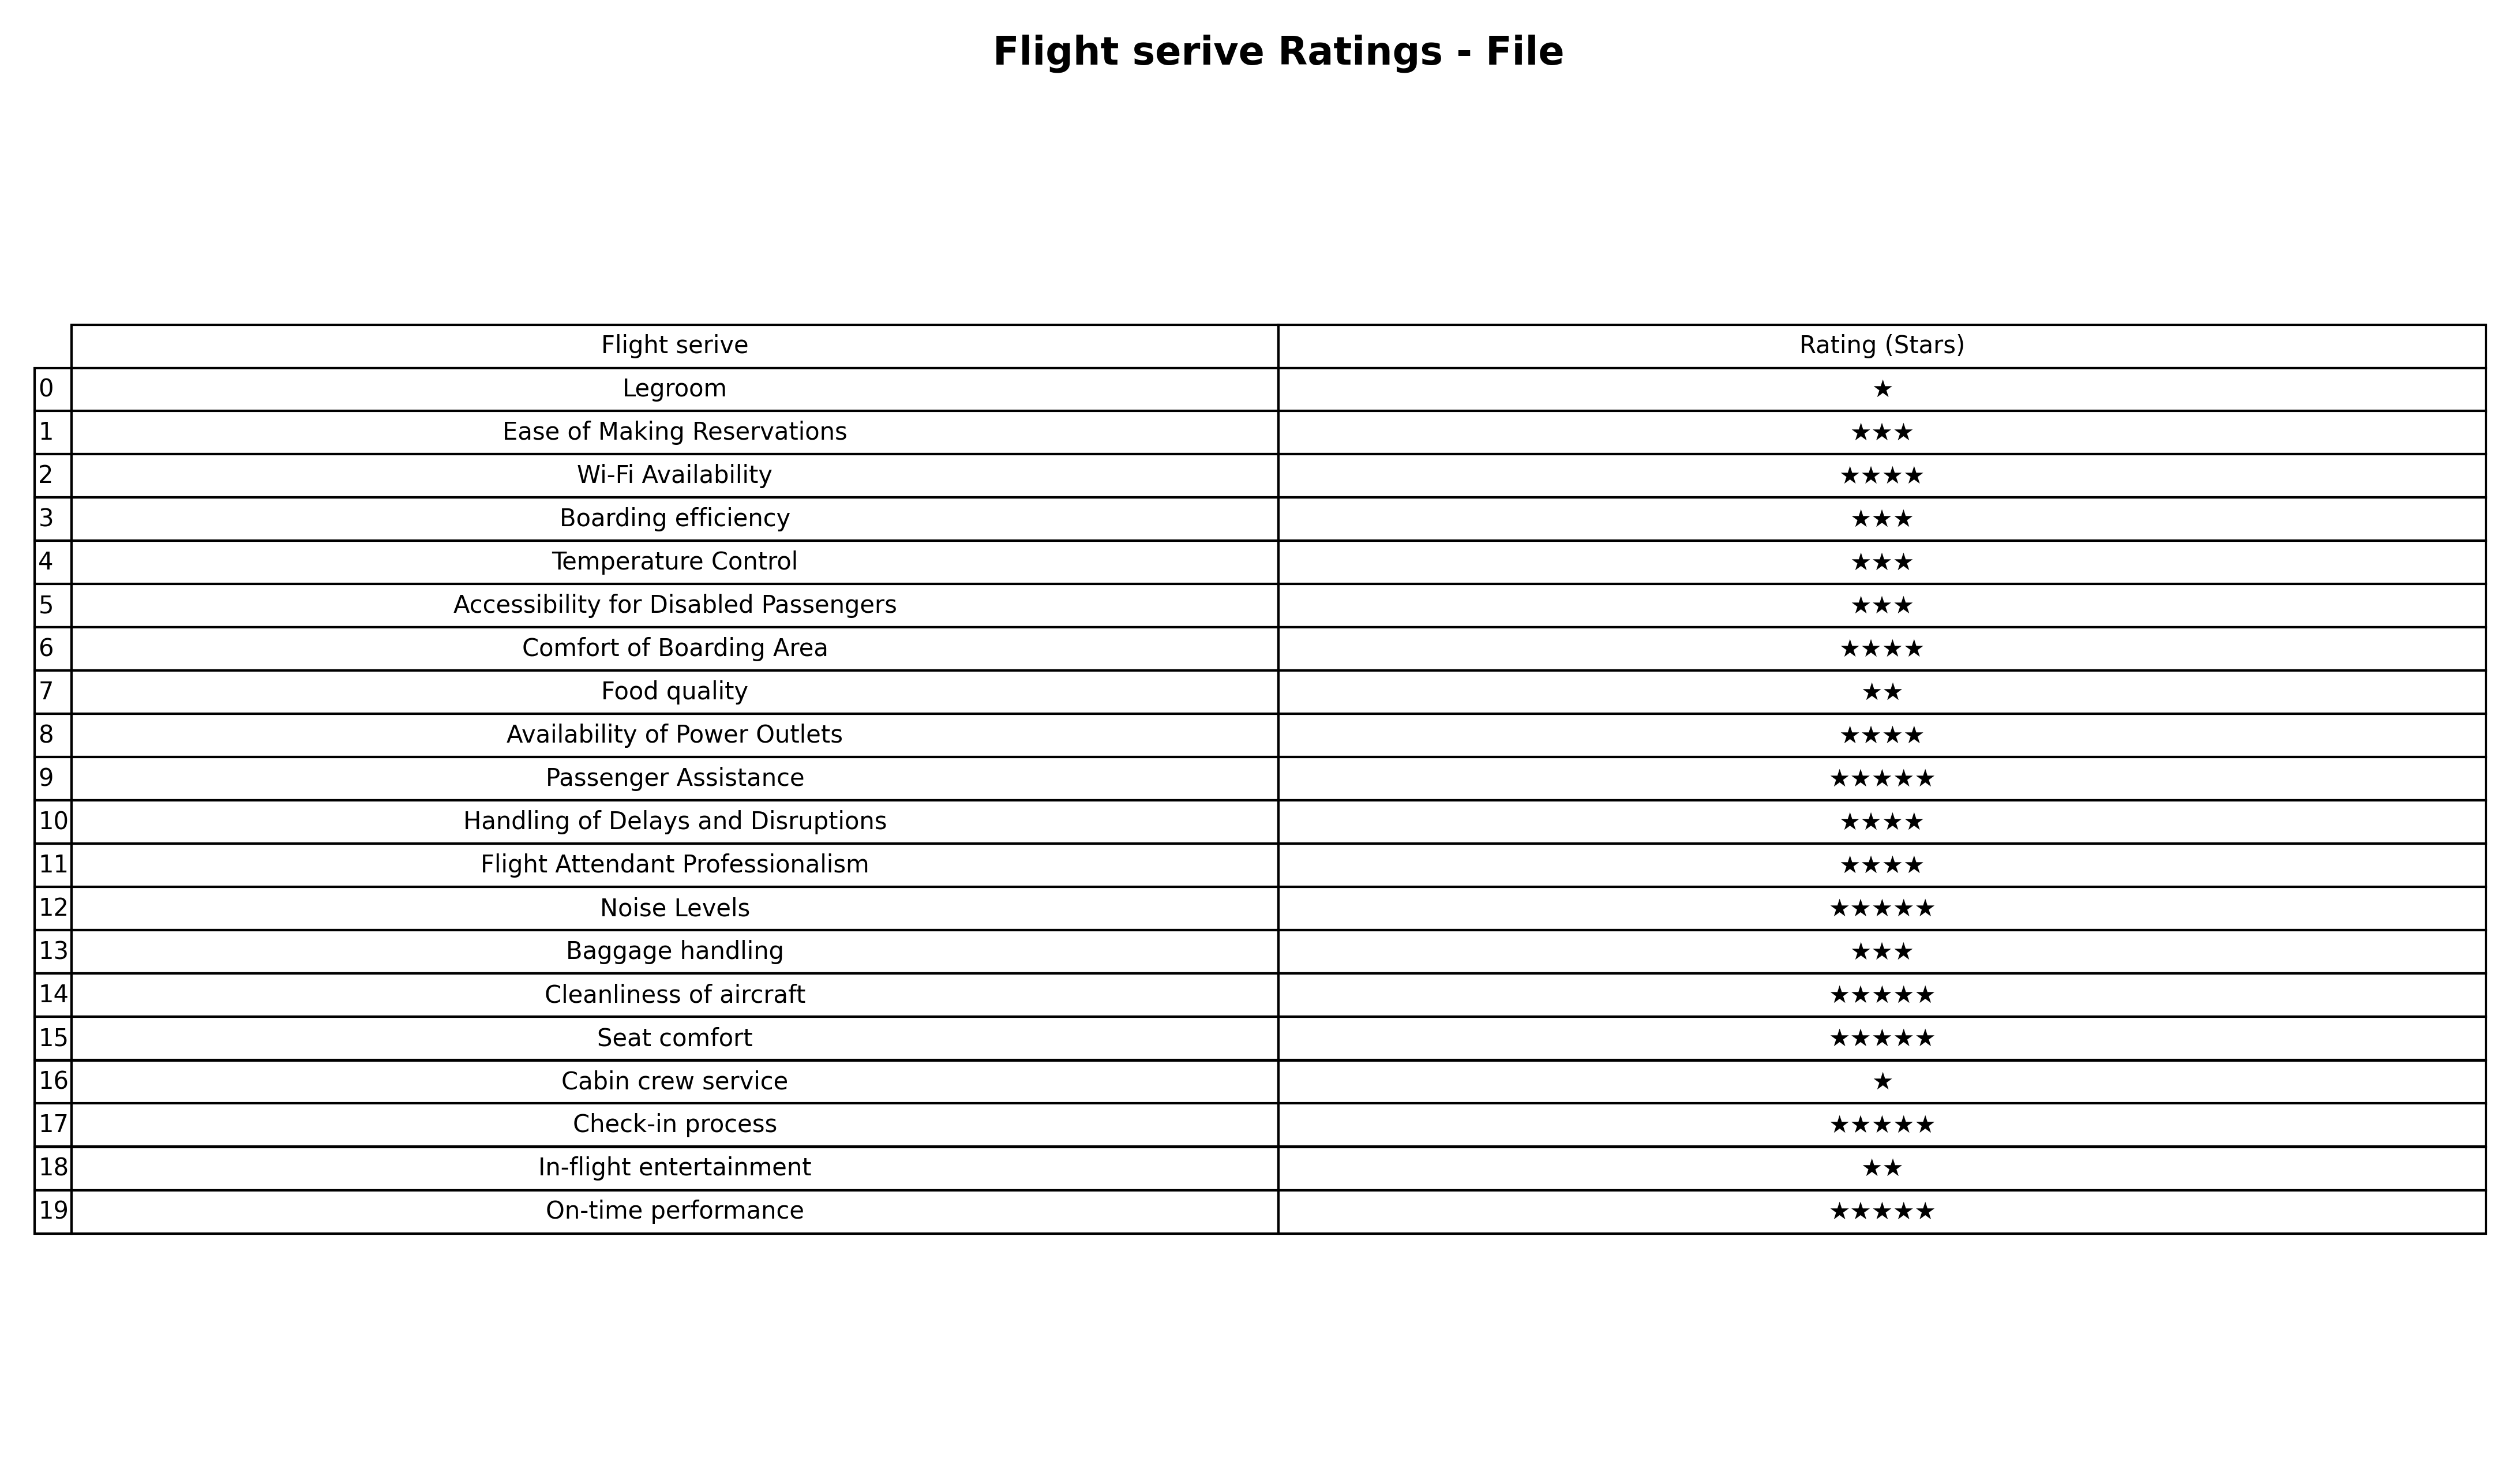
question: What are three star services?
answer: Ease of Making ReservationsBoarding efficiencyTemperature ControlAccessibility for Disabled PassengersBaggage handling